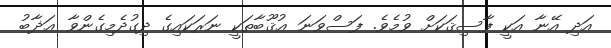
އަދި އޭނާ އަކީ ފާސިޤަކަށް ވުމެވެ. ފަސްވަނަ ޢުޤޫބާތަކީ ނަރަކައިގެ ދިގުދެމިގެންވާ ޢަޛާބު